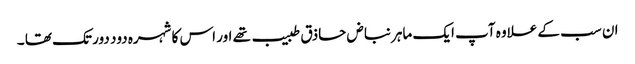
ان سب کے علاوہ آپ ایک ماہر نباض حاذق طبیب تھے اور اس کا شہرہ دود دور تک تھا ۔